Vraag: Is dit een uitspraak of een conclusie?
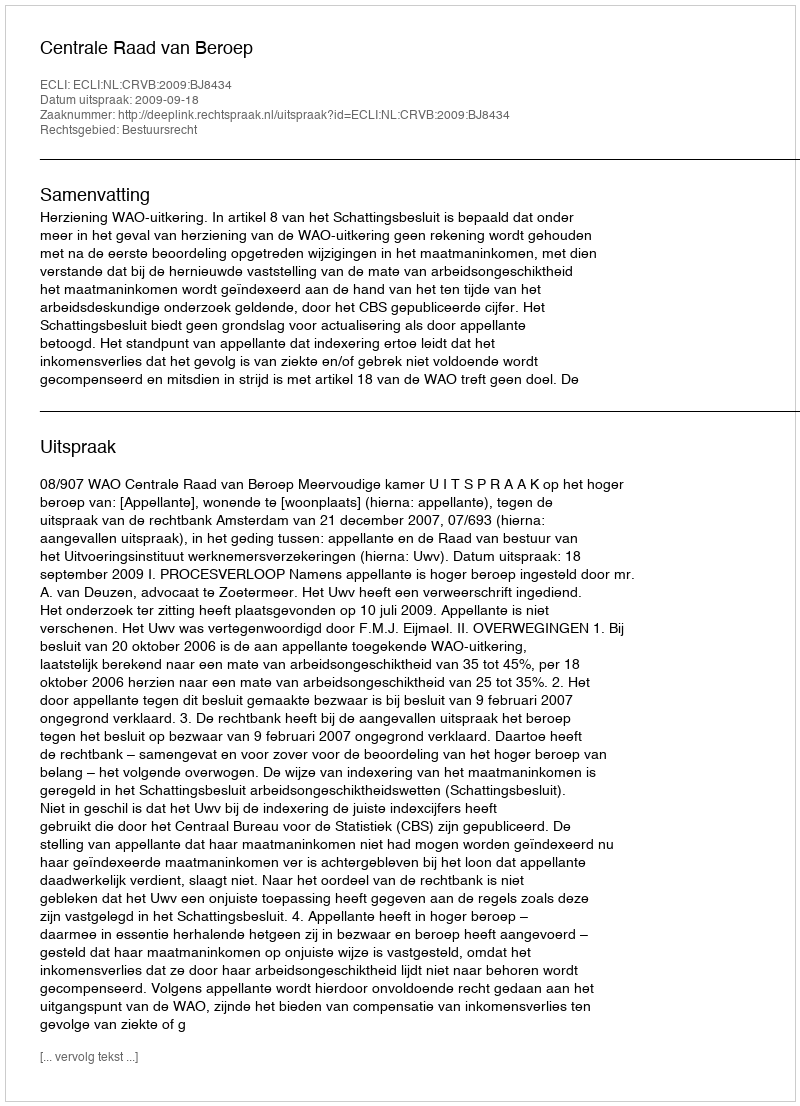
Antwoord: Uitspraak